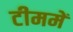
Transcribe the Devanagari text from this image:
टीममें